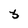
Character: 3